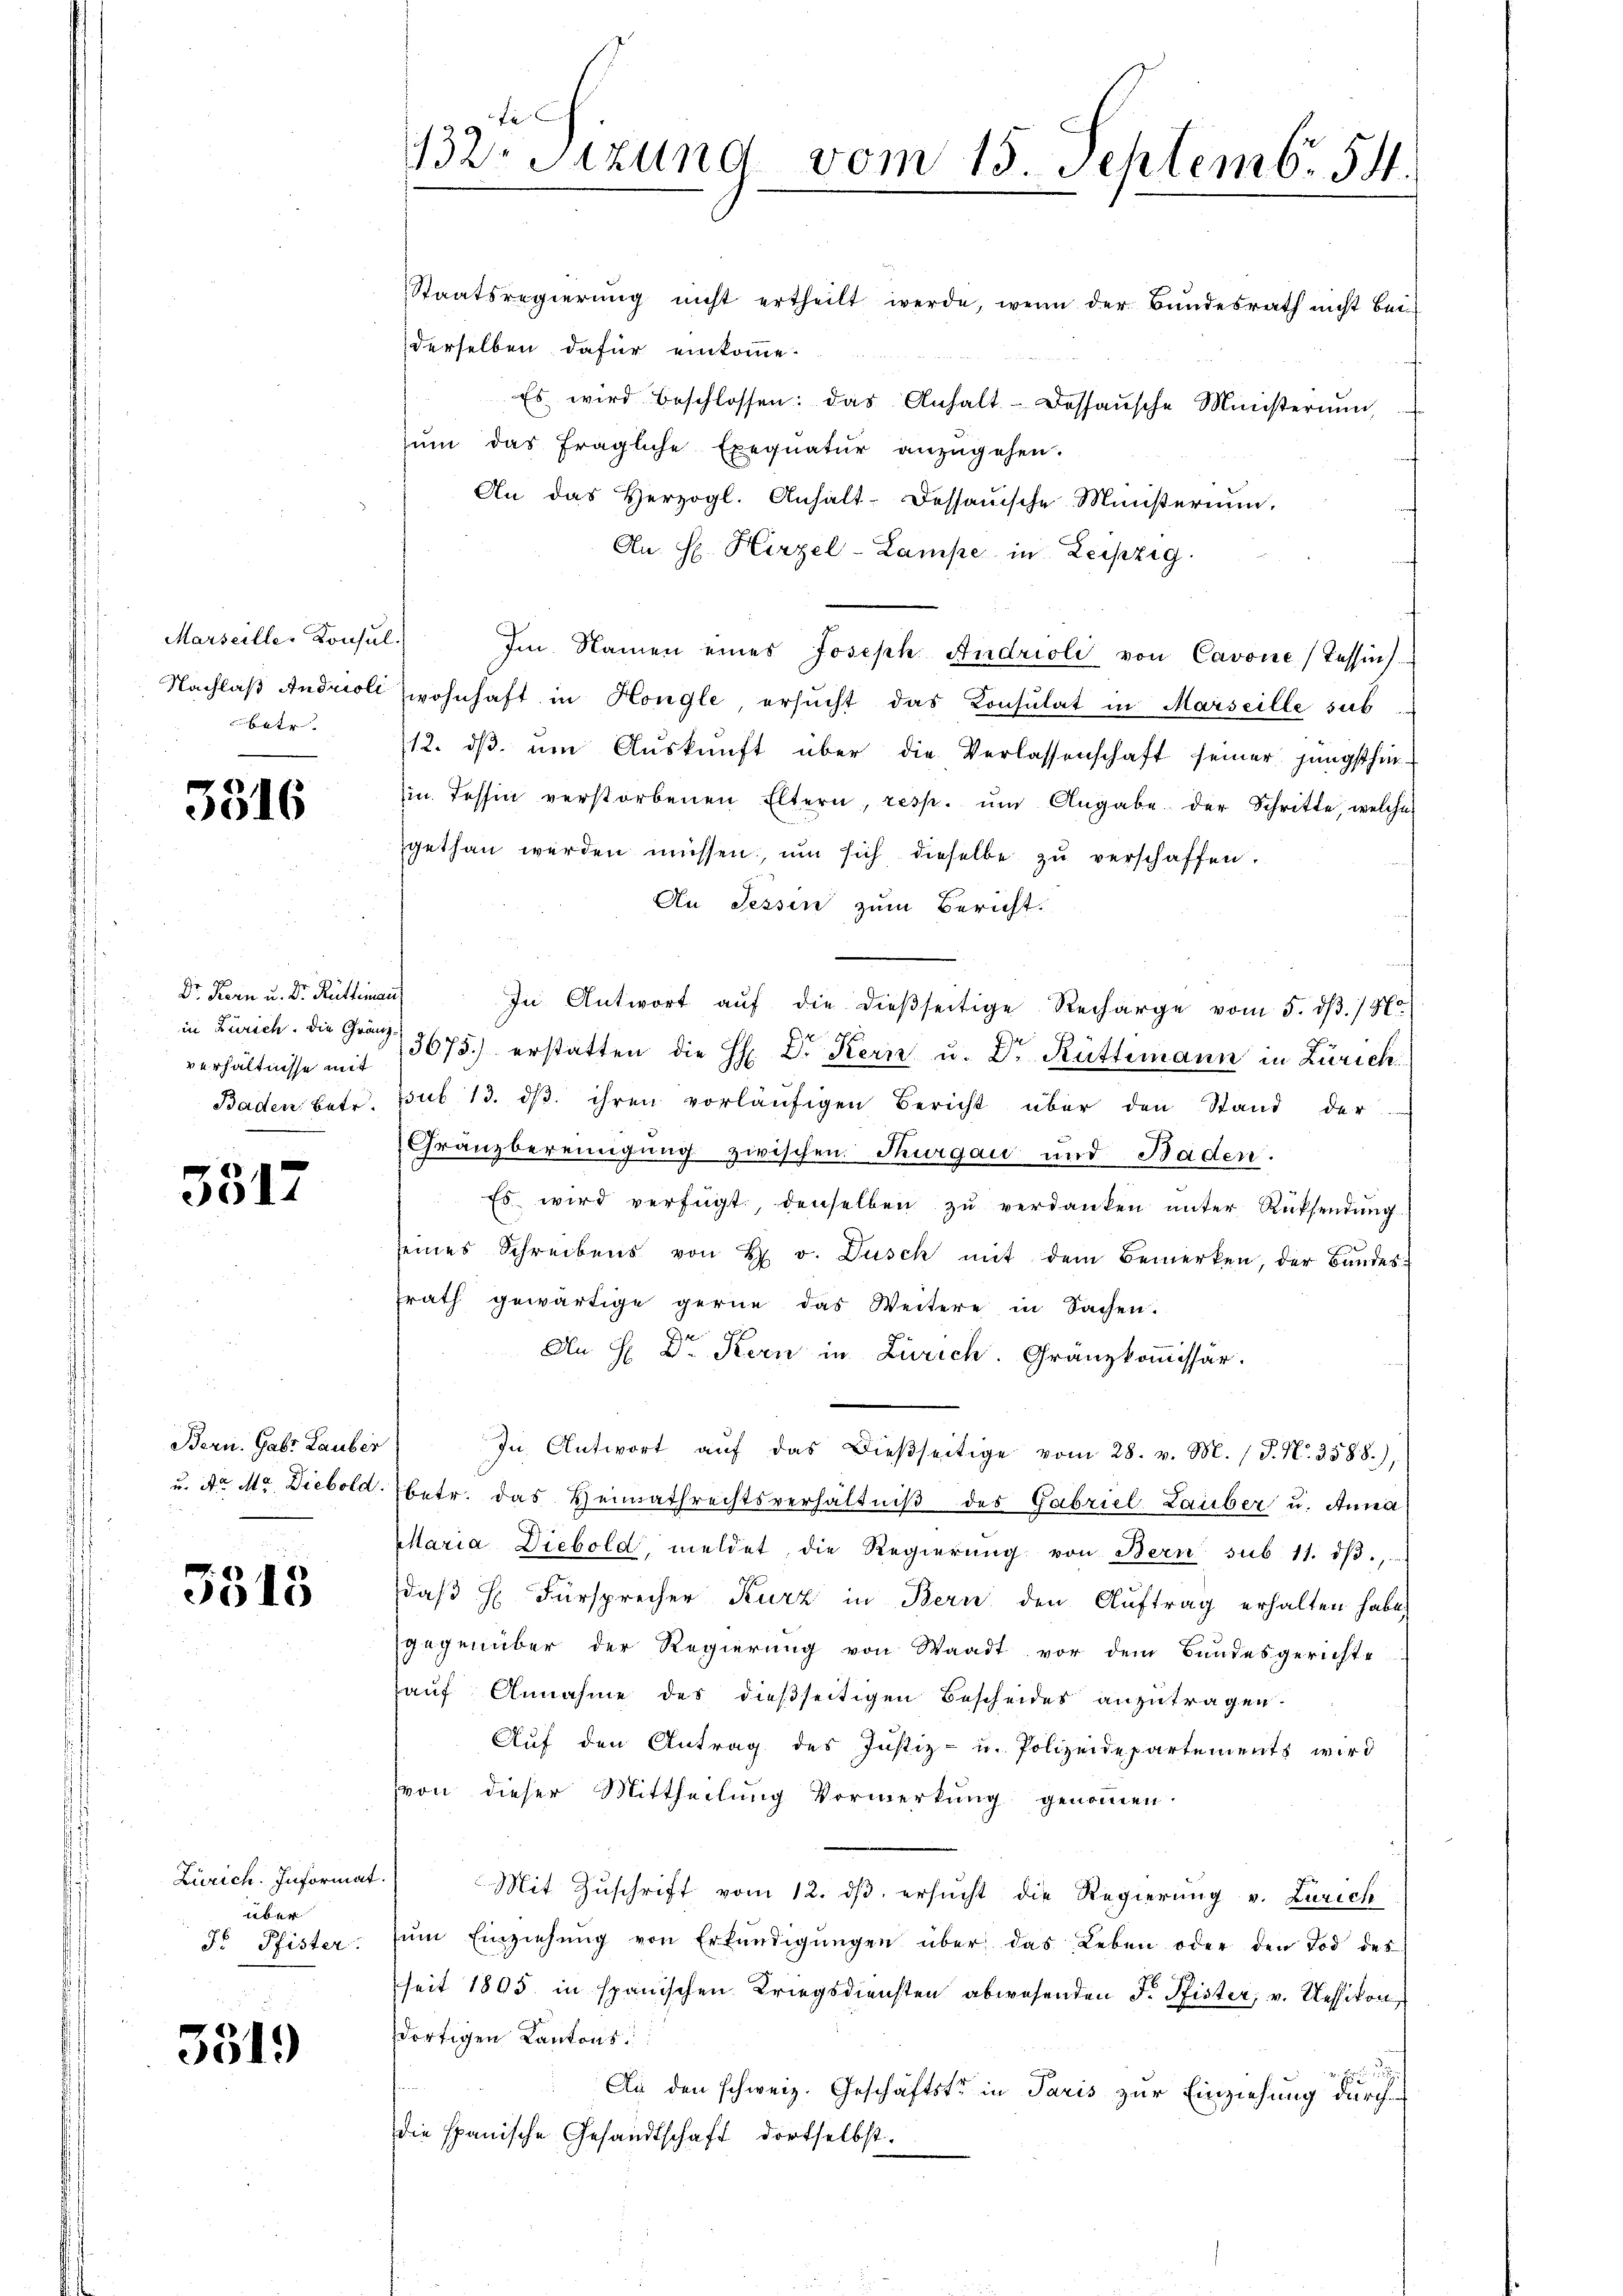
Marseille, Konsul
5 bet

3516

Dr. Kern u. Dr. Rüttimann
verhältnisse mit
Baden, betr.

3317

Bern. Gabr Lauber
u. Dr. Mt. Diebold.

3513

Zürich. Informat
über
Fr. Pfister.

3519

132. Sitzung vom 15. Septemb. 54.

Staatsregierŭng nicht ertheilt werde, wenn der Bŭndesrath nicht bei
derselben dafür einkomme.
Es wird beschlossen: das Anhalt-Dossaŭsche Ministerium,
ŭm das fragliche Exequatur anzŭgehen.
An das Herzogl. Anhalt-Dessauische Ministerium,
An H. Hirzel-Lampe in Leipzig.
Im Namen eines Joseph Andrioli von Cavone (Tessin.
Nachlaß Androll Zwohnhaft in Hongle ersucht das Konsulat in Marseille sub
12. dβ ŭm Aŭskŭnft über die Verlassenschaft seiner jüngsthin
in Tessin verstorbenen Eltern, resp. ŭm Angabe der Schritte, welche
gethan werden müssen, ŭm sich dieselbe zŭ verschaffen.
An Sessen zum Bericht.
In Antwort aŭf die dieβseitige Recharge vom 5. dβ. / Hr.
 x
in Zürich. die Graz 3675.) erstatten die H. Dr Kern u. Dr Rüttimann in Zürich.
ssut 13. dβ. ihren vorläufigen Bericht über den Stand der
Gränzbereinigung zwischen Thurgau und Baden.
Es wird verfügt, denselben zŭ verdanken ŭnter Rücksendŭng
seines Schreibens von H v. Dusch mit dem Bemerken, der Bandesfrath gewärtige gerne das Weitere in Sachen.
An H. Dr Kern in Zürich. Granzkommissär.
In Antwort aŭf das dießseitige vom 28. v. M. (T. N. 3588),
betr. das Heimathrechtsverhältniβ des Gabriel Lauber u. Anna
Maria Diebold, meldet, die Regierŭng von Bern sub. 11. dβ,
daβ H. Fürsprecher Kurz in Bern den Auftrag erhalten habe,
gegenüber der Regierung von Waadt vor dem Bundesgerichte
hauf Annahme des dießseitigen Bescheides anzutragen.
Aŭf den Antrag des Justiz- u. Polizeidepartements wird
von dieser Mittheilung Vormerkung genommen.
Mit Zuschrift vom 12. ds. ersucht die Regierung v. Zürich
ŭm Einziehŭng von Erkŭndigŭngen über das Leben oder den Tod des
seit 1805 in spanischen Kriegsdiensten abwesenden F. Pfister, v. Kessikon
dortigen Kantons
r. Er
An den schweiz. Geschäftste in Paris zur Einziehung durch
die spanische Gesandtschaft dortselbst.